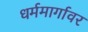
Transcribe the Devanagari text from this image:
धर्ममार्गावर